Civil Veterinary Dept. Bombay admin report 1932-41 - 1932-1941
Year: 1932
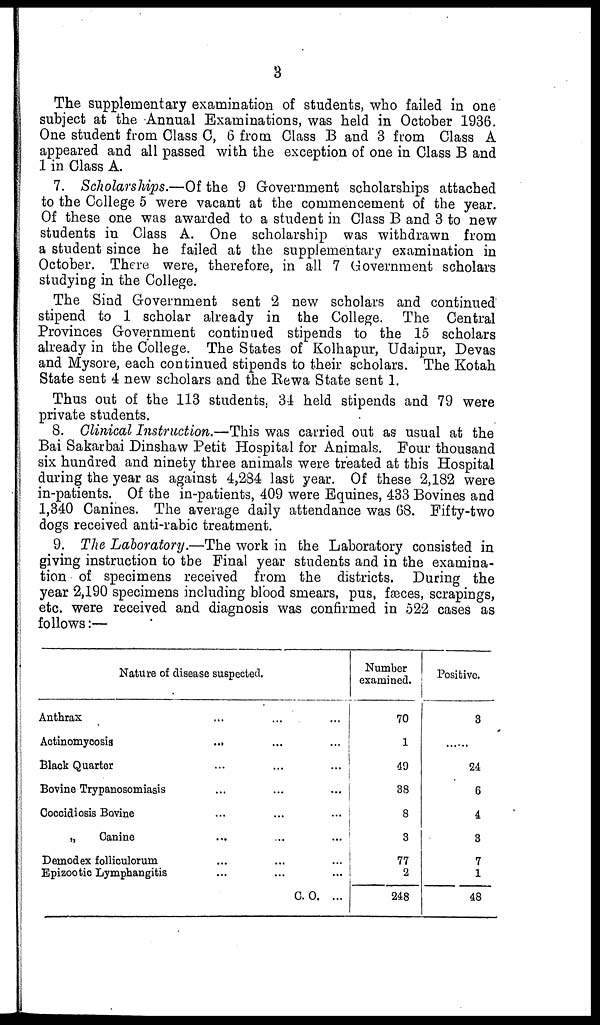
3
The supplementary examination of students, who failed in one
subject at the Annual Examinations, was held in October 1936.
One student from Class C, 6 from Class B and 3 from Class A
appeared and all passed with the exception of one in Class B and
1 in Class A.
7. Scholarships.—Of the 9 Government scholarships attached
to the College 5 were vacant at the commencement of the year.
Of these one was awarded to a student in Class B and 3 to new
students in Class A. One scholarship was withdrawn from
a student since he failed at the supplementary examination in
October. There were, therefore, in all 7 Government scholars
studying in the College.
The Sind Government sent 2 new scholars and continued
stipend to 1 scholar already in the College. The Central
Provinces Government continued stipends to the 15 scholars
already in the College. The States of Kolhapur, Udaipur, Devas
and Mysore, each continued stipends to their scholars. The Kotah
State sent 4 new scholars and the Rewa State sent 1.
Thus out of the 113 students, 34 held stipends and 79 were
private students.
8. Clinical Instruction.—This was carried out as usual at the
Bai Sakarbai Dinshaw Petit Hospital for Animals. Four thousand
six hundred and ninety three animals were treated at this Hospital
during the year as against 4,284 last year. Of these 2,182 were
in-patients. Of the in-patients, 409 were Equines, 433 Bovines and
1,340 Canines. The average daily attendance was 68. Fifty-two
dogs received anti-rabic treatment.
9. The Laboratory.—The work in the Laboratory consisted in
giving instruction to the Final year students and in the examina-
tion of specimens received from the districts. During the
year 2,190 specimens including blood smears, pus, fæces, scrapings,
etc. were received and diagnosis was confirmed in 522 cases as
follows:—
Nature of disease suspected.
Anthrax
...
...
...
Actinomycosis
...
... ...
Black Quarter... ... ...
Bovine
Trypanosomiasis...
...
...
Coccidiosis Bovine
... ... ...
„
Canine...
...
...
Demodex folliculorum...
...
...
Epizootic Lymphangitis
...
...
...
C. O.
Number
examined.
70
1
49
38
8
3
77
2
248
Positive.
3
......
24
6
4
3
7
1
48